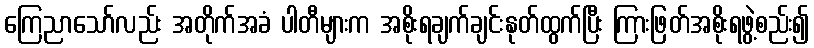
ကြေညာသော်လည်း အတိုက်အခံ ပါတီများက အစိုးရချက်ချင်းနုတ်ထွက်ပြီး ကြားဖြတ်အစိုးရဖွဲ့စည်း၍